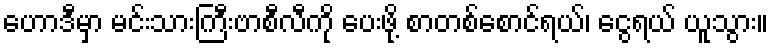
ဟောဒီမှာ မင်းသားကြီးဗာစီလီကို ပေးဖို့ စာတစ်စောင်ရယ်၊ ငွေရယ် ယူသွား။